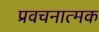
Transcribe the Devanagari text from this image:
प्रवचनात्मक